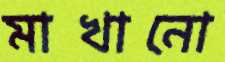
মাখানো